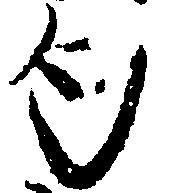
匂